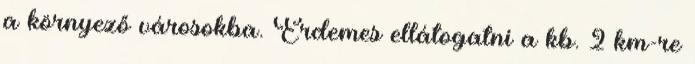
a környező városokba. Érdemes ellátogatni a kb. 2 km-re